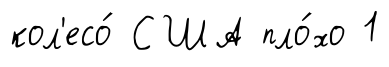
кол'есо́ США пло́хо 1